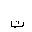
Letter: _ta